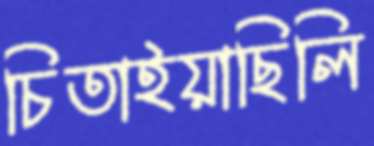
চিতাইয়াছিলি